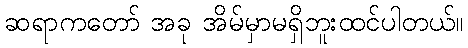
ဆရာကတော် အခု အိမ်မှာမရှိဘူးထင်ပါတယ်။